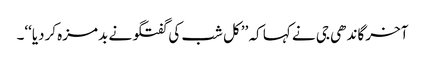
آخر گاندھی جی نے کہا کہ ’’کل شب کی گفتگو نے بدمزہ کردیا‘‘۔